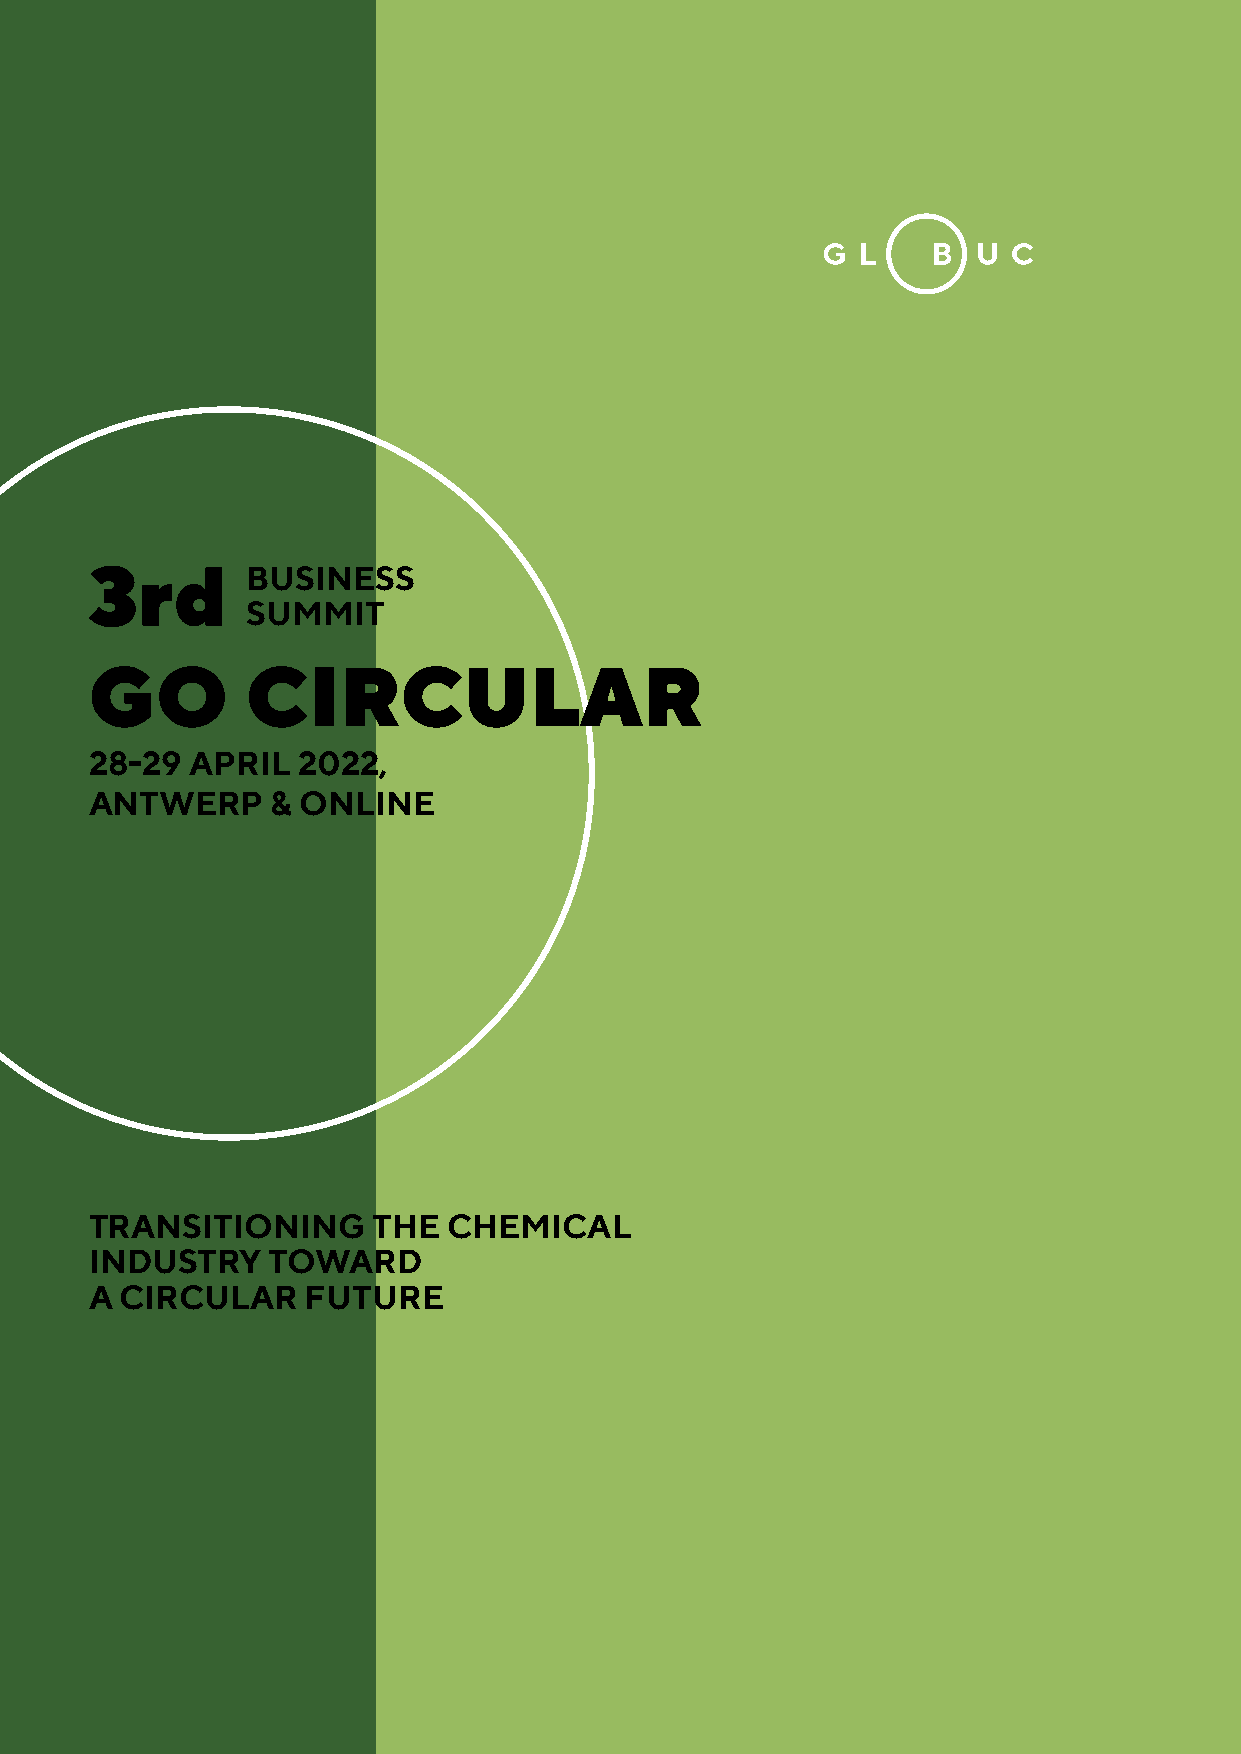
3rd       BUSINESS
 SUMMIT
 GO        CIRCULAR
 28-29  APRIL  2022,
 ANTWERP     & ONLINE
 TRANSITIONING      THE  CHEMICAL
 INDUSTRY    TOWARD
 A CIRCULAR    FUTURE